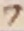
Text: 7